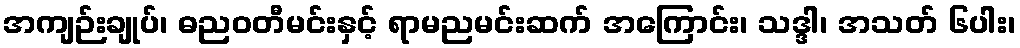
အကျဉ်းချုပ်၊ ဓညဝတီမင်းနှင့် ရာမညမင်းဆက် အကြောင်း၊ သဒ္ဒါ၊ အသတ် ၆ပါး၊